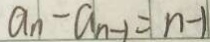
a _ { n } - a _ { n - 1 } = n - 1